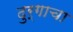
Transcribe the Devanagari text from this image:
दुर्गाचा